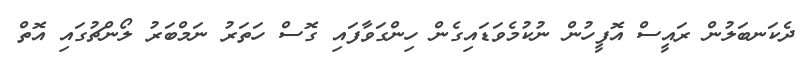
ދެކަނބަލުން ރައީސް އޮފީހުން ނުކުމެވަޑައިގެން ހިންގަވާފައި ގޮސް ހަތަރު ނަމްބަރު ލޯންޗުގައި އޮތް